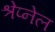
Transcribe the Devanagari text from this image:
श्रेप्नेल